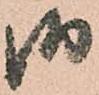
御